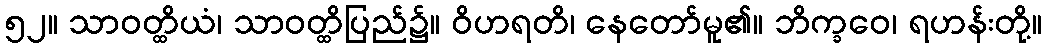
၅၂။ သာဝတ္ထိယံ၊ သာဝတ္ထိပြည်၌။ ဝိဟရတိ၊ နေတော်မူ၏။ ဘိက္ခဝေ၊ ရဟန်းတို့။